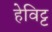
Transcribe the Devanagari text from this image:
हेविट्ट